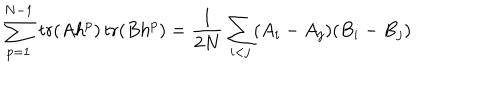
LaTeX: \sum _ { p = 1 } ^ { N - 1 } \mathrm { \, t r } ( A h ^ { p } ) \mathrm { \, t r } ( B h ^ { p } ) = \frac { 1 } { 2 N } \sum _ { i < j } ( A _ { i } - A _ { j } ) ( B _ { i } - B _ { j } )